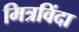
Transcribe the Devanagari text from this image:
मित्रविंदा